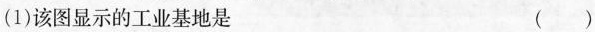
(1)该图显示的工业基地是（）